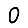
Digit: 0